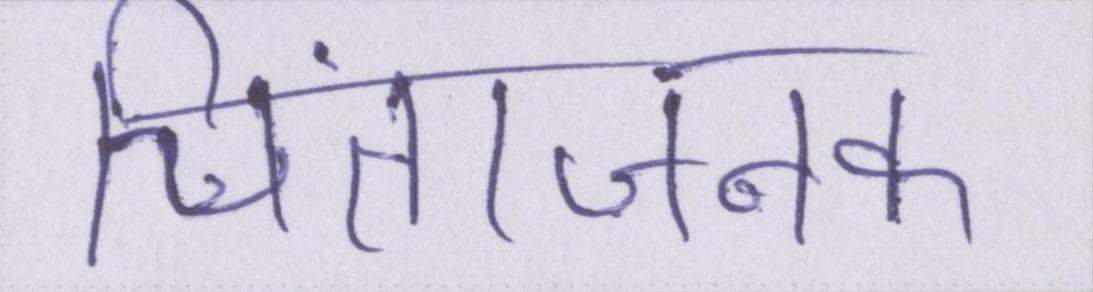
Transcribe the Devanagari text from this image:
चिंताजनक